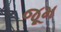
જૂમ